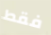
فقط